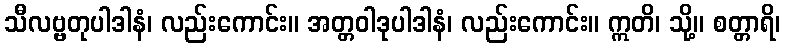
သီလဗ္ဗတုပါဒါနံ၊ လည်းကောင်း။ အတ္တဝါဒုပါဒါနံ၊ လည်းကောင်း။ ဣတိ၊ သို့။ စတ္တာရိ၊